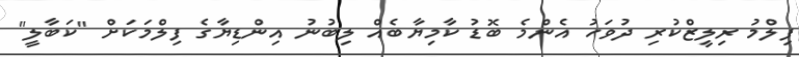
ފިލްމު ރިލީޒްކުރި ދުވަހު އެންމެ ބޮޑު ކާމިޔާބެއް ލިބުނު އިންޑިޔާގެ ފިލްމަކަށް "ކަބާލީ"